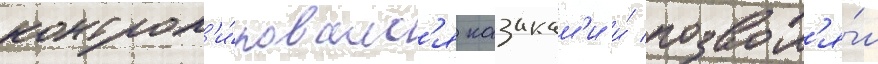
контрол'и́ровалс'я казакам'и и́ позвол'я́л